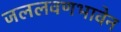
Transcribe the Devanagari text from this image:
जललवणभावेन